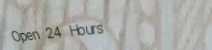
Open 24 Hours